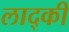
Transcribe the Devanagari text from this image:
लाद्की